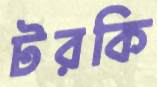
টরকি